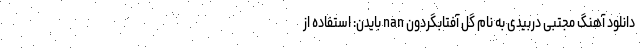
دانلود آهنگ مجتبی دربیدی به نام گل آفتابگردون nan بایدن: استفاده از